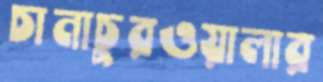
চানাচুরওয়ালার